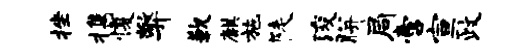
挫携愎弊歉麒施陡浚胼局啻宣政